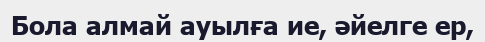
Бола алмай ауылға ие, әйелге ер,